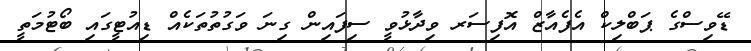
ޑޭވިސްގެ ޕަބްލިކް އެފެއާޒް އޮފިސަރ ވިދާޅުވީ ސިފައިން ގިނަ ވަގުތުތަކެއް ޑިއުޓީގައި ބޯޓުމަތީ